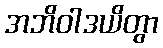
အဘိဝါဒယိတွာ